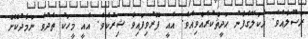
ރަސޫލާއެވެ. އެކަލޭގެފާނު ޙަދީޘްކުރެއްވިއެވެ. އެއީ ފޮރުވިފައިވާ ޝިރުކެވެ. އެއީ މީހަކު ތެދުވެ ނަމާދުކޮށް